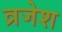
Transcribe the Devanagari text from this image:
व्रजेश